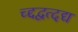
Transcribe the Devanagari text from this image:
च्द्दद्वत्दद्य